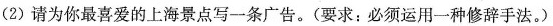
(2)请为你最喜爱的上海景点写一条广告。(要求：必须运用一种修辞手法。)